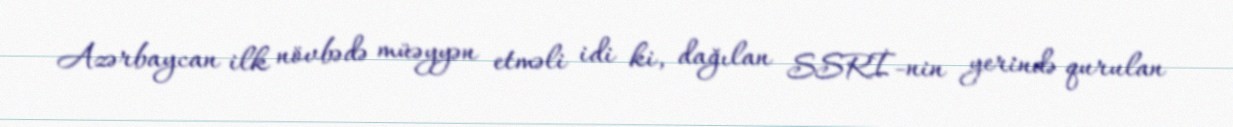
Azərbaycan ilk növbədə müəyyən etməli idi ki, dağılan SSRİ-nin yerində qurulan